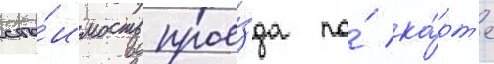
сто́имость прое́зда по́ ка́рт'е